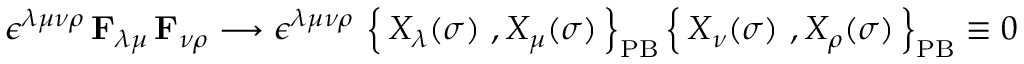
\epsilon ^ { \lambda \mu \nu \rho } \, \mathbf { F } _ { \lambda \mu } \, \mathbf { F } _ { \nu \rho } \longrightarrow \epsilon ^ { \lambda \mu \nu \rho } \, \left\{ \, X _ { \lambda } ( \sigma ) \ , X _ { \mu } ( \sigma ) \, \right\} _ { \mathrm { P B } } \left\{ \, X _ { \nu } ( \sigma ) \ , X _ { \rho } ( \sigma ) \, \right\} _ { \mathrm { P B } } \equiv 0